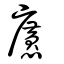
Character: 懬